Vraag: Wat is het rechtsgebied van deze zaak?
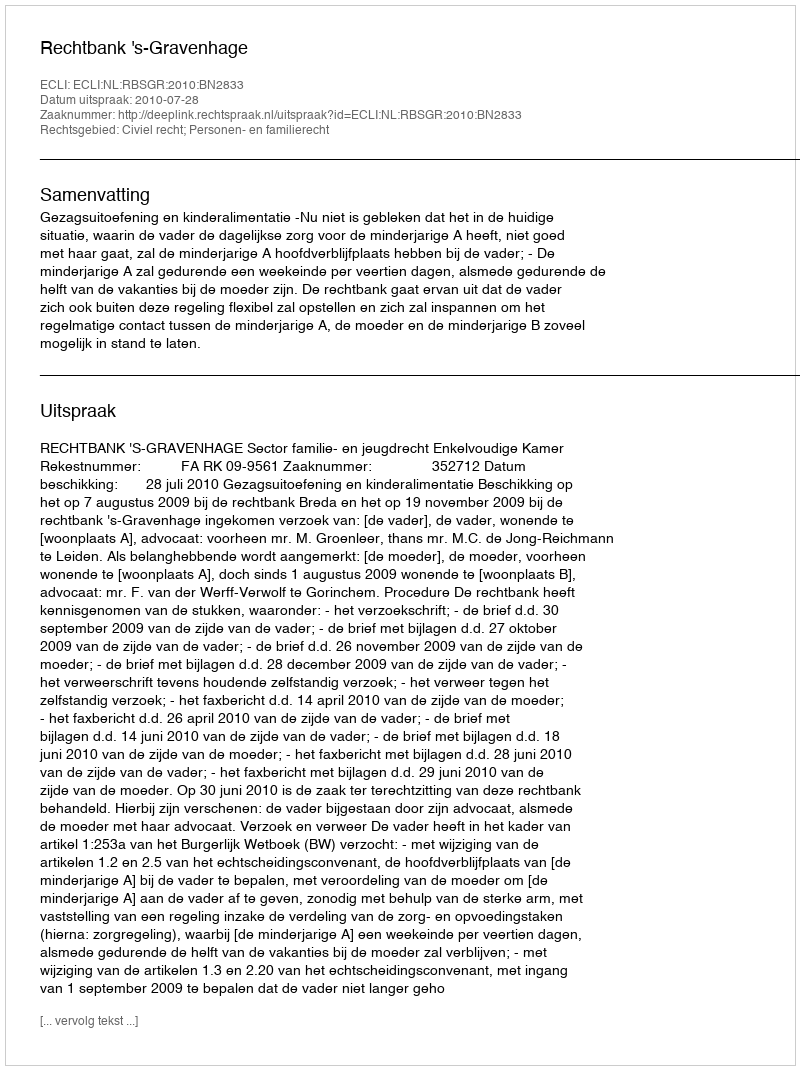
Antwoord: Civiel recht; Personen- en familierecht